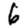
Digit: 6